Vaccination in Burma 1920-1933 - 1920-1933
Year: 1920
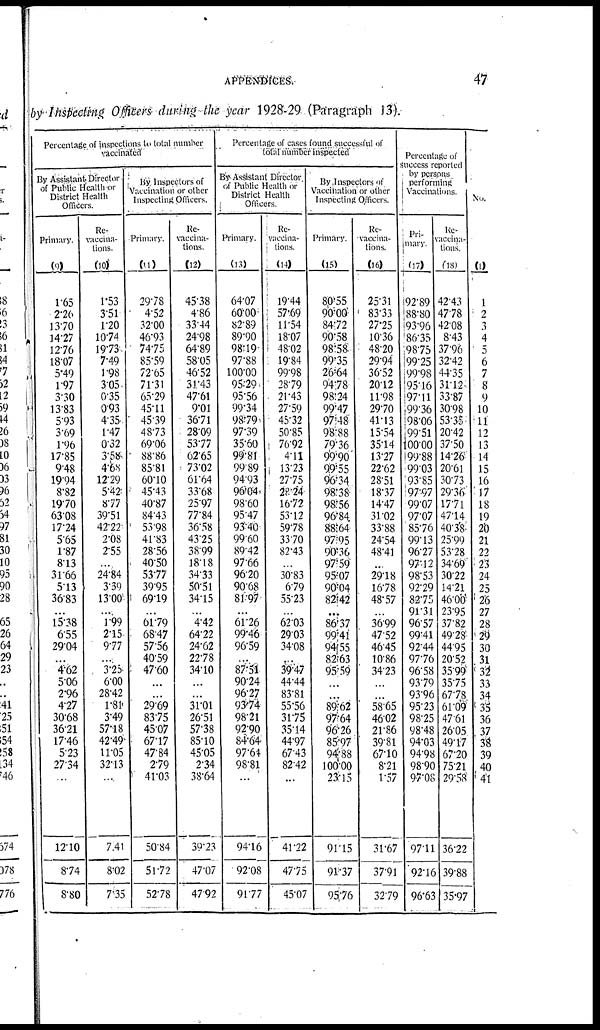
APPENDICES.
47
by Inspecting Officers during the year 1928-29 (Paragraph 13).
Percentage of inspections to total number
vaccinated
By Assistant Director
of Public Health or
District Health
Officers.
Primary.
_(9)
165
2.26
13.70
14.27
12.76
18.07
5.49
1.97
3.30
13.83
5.93
3.69
1.96
17.85
9.48
19.4
8.82
19.70
63.08
17.24
5.65
1.87
8.13
31.66
5.13
36.83
...
15.38
655
29.04
...
4.62
5.06
2.96
4.27
30.68
36.21
17.46
5.23
27.34
...
12.10
8.74
8.80
Re-
vaccna-
tions.
(10)
1.53
3.51
1.20
10.74
19.73
7.49
1.98
3.05
0.35
0.93
4.35
1.47
0.32
3.58
4.68
12.29
5.42
8.77
39.51
42.22
2.08
2.55
...
24.84
3.39
13.00
...
1.99
2.15
9.77
...
3.25
6.00
28.42
1.81
3.49
57.18
42.49
11.05
32.13
...
7.41
8.02
7.35
By Inspectors of
Vaccination or other
Inspecting Officers.
Primary.
(11)
29.78
4.52
32.00
46.93
74.75
85.59
72.65
71.31
65.29
45.11
45.39
48.73
69.06
88.86
85.81
60.10
45.43
40.87
84.43
53.98
41.83
28.56
40.50
53.77
39.95
69.19
...
61.79
6847
57.56
40.59
47.60
...
...
29.69
83.75
45.07
67.17
47.84
2.79
41.03
50.84
51.72
52.78
Re-
vaccina-
tions
(12)
45.38
4.86
33.44
24.98
6489
58.05
46.52
31.43
47.61
9.01
36.71
28.09
53.77
62.65
73.02
61.64
33.68
25.97
77.84
36.58
43.25
38.99
18.18
34.33
50.51
34.15
...
4.42
64.22
24.62
22.78
34.10
...
...
31.01
26.51
57.38
85.10
45.05
2.34
38.64
39.23
47.07
47.92
Percentage of cases found successful of
total number inspected
By Assistant Director
of Public Health or
District Health
Officers.
Primary.
(13)
64.07
60.00
82.89
89.90
98.19
97.88
100.00
95.29
95.56
99.34
98.79
97.39
35.60
99.81
99.89
94.93
96.04
98.60
95.47
93.40
99.60
89.42
97.66
96.20
90.68
81.97
...
61.26
99.46
96.59
...
87.51
90.24
96.27
93.74
98.21
92.90
84.64
97.64
98.81
...
94.16
92.08
91.77
Re-
vaccina-
tions.
(14)
19.44
57.69
11.54
18.07
48.02
19.84
99.98
28.79
21.43
27.59
45.32
50.85
76.92
4.11
13.23
27.75
28.24
16.72
53.12
59.78
33.70
82.43
...
30.83
6.79
55.23
...
62.03
29.03
34.08
...
39.47
44.44
83.81
55.56
31.75
35.14
44.97
67.43
82.42
...
41.72
47.75
45.07
By Inspectors of
Vaccination or other
Inspecting Officers.
Primary.
(15)
80.55
90.00
84.72
90.58
98.58
99.35
26.64
94.78
98.24
99.47
97.48
98.88
79.36
99.90
99.55
96.34
98.38
98.56
96.84
88.64
9795
90.36
97.59
95.07
90.04
82.42
...
86.37
99.41
94.55
82.63
95.59
...
...
89.62
97.64
96.26
85.97
94.88
100.00
23.15
91.15
91.37
95.76
Re-
vaccina-
tions.
(16)
25.31
83.33
27.25
10.36
48.20
29.94
36.52
20.12
11.98
29.70
41.13
15.54
35.14
13.27
22.62
28.51
18.37
14.47
31.02
33.88
24.54
48.41
...
29.18
16.78
48.57
...
36.99
47.52
46.45
10.86
34.23
...
...
58.65
46.02
21.86
39.81
67.10
8.21
1.57
31.67
37.91
32.79
Percentage of
Success reported
by persons
performing
Vaccinations.
Pri-
mary.
(17)
92.89
88.80
93.96
86.35
98.75
99.25
99.98
95.16
97.11
99.36
98.06
99.51
00.00
99.88
99.03
93.85
97.97
99.07
97.07
85.76
99.13
96.27
97.12
98.53
92.29
82.75
91.31
96.57
99.41
92.44
97.76
96.58
93.79
93.96
95.23
98.25
98.48
94.03
94.98
98.90
97.08
97.11
92.16
96.63
Re-
vaccina-
tions.
(18)
42.43
47.78
42.08
8.43
37.96
32.42
44.35
31.12
33.87
30.98
53.35
20.42
37.50
14.26
20.61
30.73
29.36
17.71
47.14
40.38
25.99
53.28
34.69
30.22
14.21
46.00
23.95
37.82
49.28
44.95
20.52
35.99
35.75
67.78
61.09
47.61
26.05
49.17
67.20
75.21
29.58
36.22
39.88
35.97
No.
(1)
1
2
3
4
5
6
7
8
9
10
11
12
13
14
15
16
17
18
19
20
21
22
23
24
25
26
27
28
29
30
31
32
33
34
35
36
37
38
39
40
41